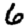
Digit: 6